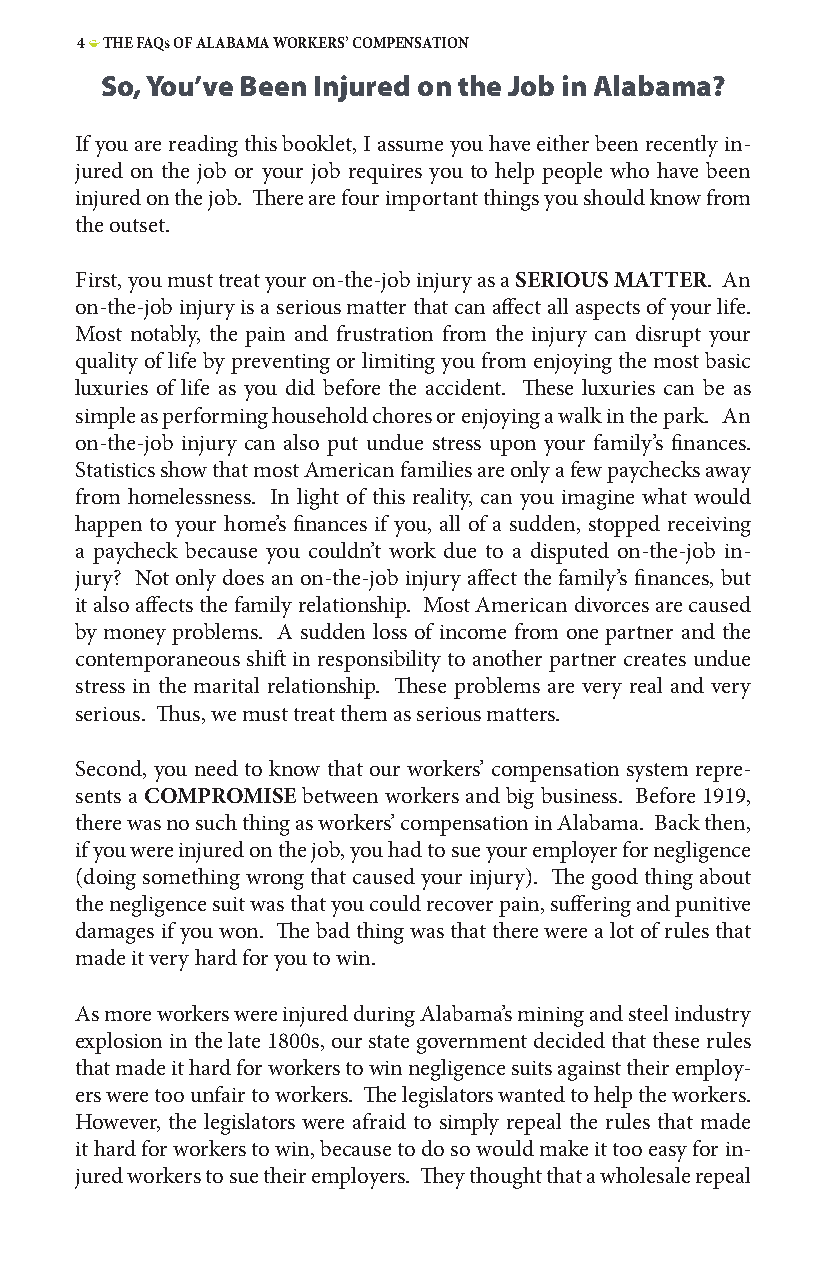
4 • THE FAQs OF ALABAMA WORKERS’ COMPENSATION
 So, You’ve Been Injured on the Job in Alabama?
 If you are reading this booklet, I assume you have either been recently in-
 jured on the job or your job requires you to help people who have been
 injured on the job. There are four important things you should know from
 the outset.
 First, you must treat your on-the-job injury as a SERIOUS MATTER. An
 on-the-job injury is a serious matter that can affect all aspects of your life.
 Most notably, the pain and frustration from the injury can disrupt your
 quality of life by preventing or limiting you from enjoying the most basic
 luxuries of life as you did before the accident. These luxuries can be as
 simple as performing household chores or enjoying a walk in the park. An
 on-the-job injury can also put undue stress upon your family’s finances.
 Statistics show that most American families are only a few paychecks away
 from homelessness. In light of this reality, can you imagine what would
 happen to your home’s finances if you, all of a sudden, stopped receiving
 a paycheck because you couldn’t work due to a disputed on-the-job in-
 jury? Not only does an on-the-job injury affect the family’s finances, but
 it also affects the family relationship. Most American divorces are caused
 by money problems. A sudden loss of income from one partner and the
 contemporaneous shift in responsibility to another partner creates undue
 stress in the marital relationship. These problems are very real and very
 serious. Thus, we must treat them as serious matters.
 Second, you need to know that our workers’ compensation system repre-
 sents a COMPROMISE between workers and big business. Before 1919,
 there was no such thing as workers’ compensation in Alabama. Back then,
 if you were injured on the job, you had to sue your employer for negligence
 (doing something wrong that caused your injury). The good thing about
 the negligence suit was that you could recover pain, suffering and punitive
 damages if you won. The bad thing was that there were a lot of rules that
 made it very hard for you to win.
 As more workers were injured during Alabama’s mining and steel industry
 explosion in the late 1800s, our state government decided that these rules
 that made it hard for workers to win negligence suits against their employ-
 ers were too unfair to workers. The legislators wanted to help the workers.
 However, the legislators were afraid to simply repeal the rules that made
 it hard for workers to win, because to do so would make it too easy for in-
 jured workers to sue their employers. They thought that a wholesale repeal